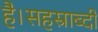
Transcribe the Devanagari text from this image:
है।सहस्राब्दी